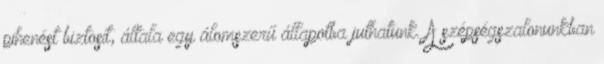
pihenést biztosít, általa egy álomszerű állapotba juthatunk. A szépségszalonunkban